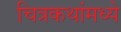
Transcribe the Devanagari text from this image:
चित्रकथांमध्ये